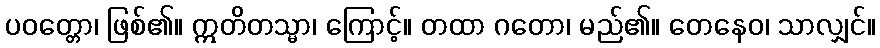
ပဝတ္တော၊ ဖြစ်၏။ ဣတိတသ္မာ၊ ကြောင့်။ တထာ ဂတော၊ မည်၏။ တေနေဝ၊ သာလျှင်။